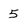
Character: 5